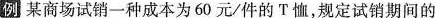
例某商场试销一种成本为60元/件的T恤，规定试销期间的